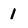
Character: I